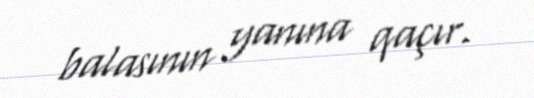
balasının yanına qaçır.